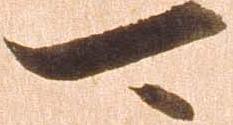
可